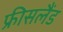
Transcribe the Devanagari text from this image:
फ्रीसलैंड